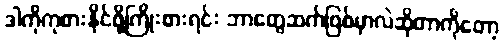
ဒါကိုကုစားနိုင်ဖို့ကြိုးစားရင်း ဘာတွေဆက်ဖြစ်မှာလဲဆိုတာကိုတော့